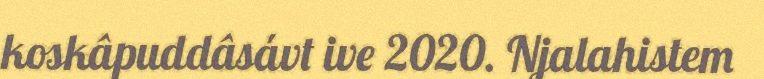
koskâpuddâsávt ive 2020. Njalahistem